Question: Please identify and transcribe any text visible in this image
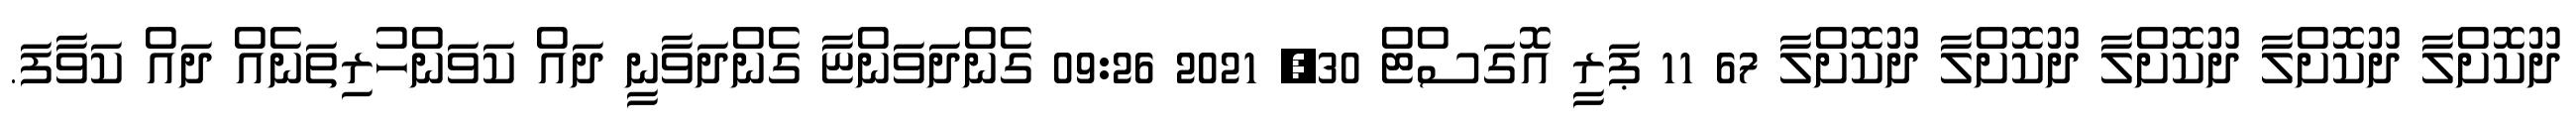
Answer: ދޫކޮށްލާ ދޫކޮށްލާ ދޫކޮށްލާ ދޫކޮށްލާ ދޫކޮށްލާ 67 11 ޕަރީ އޮގަސްޓް 30, 2021 09:26 ގެންދަވަންޏާ ގެންދަވާނީ ދައް ކަވަންހުރިތަނެއް ދައް ކަވާފަ.